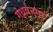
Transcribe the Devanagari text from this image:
गंधर्वनगर